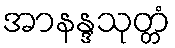
အာနန္ဒသုတ္တံ